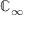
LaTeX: \mathbb { C } _ { \infty }